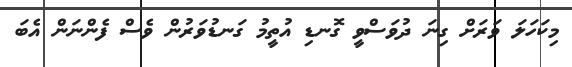
މިކަހަލަ ވަރަށް ގިނަ ދުވަސްވީ ގޮނޑި އުތީމު ގަނޑުވަރުން ވެސް ފެންނަން އެބަ